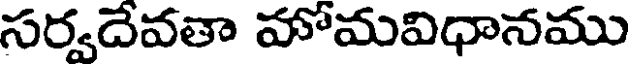
సర్వదేవతా హోమవిధానము